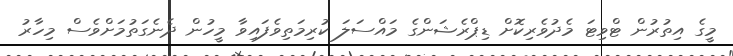
މީގެ އިތުރުން ޓްވިޓަ މެދުވެރިކޮށް ޑިޕްރެޝަންގެ މައްސަލަ ކުރިމަތިވެފައިވާ މީހުން ދެނެގަތުމަށްވެސް މިހާރު